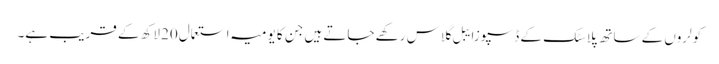
کولروں کے ساتھ پلاسٹک کے ڈسپوزایبل گلاس رکھے جاتے ہیں جن کا یومیہ استعمال20 لاکھ کے قریب ہے۔